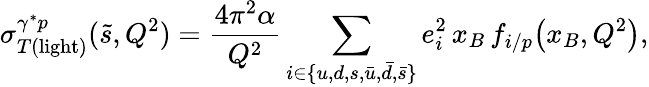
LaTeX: \sigma_{T(\mathrm{light})}^{\gamma^{*}p}(\tilde{s},Q^{2})=\frac{4\pi^{2}\alpha}{Q^{2}}\sum_{i\in\{ u,d,s,\bar{u},\bar{d},\bar{s}\} }e_{i}^{2}\, x_{B}\, f_{i/p}\! \left(x_{B},Q^{2}\right),